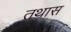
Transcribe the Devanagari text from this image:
तथास